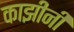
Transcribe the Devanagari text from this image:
काझींनी